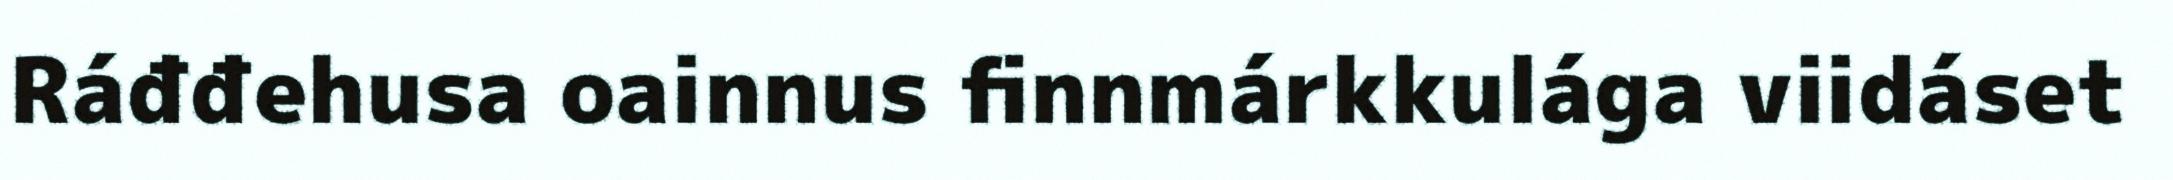
Ráđđehusa oainnus finnmárkkulága viidáset